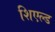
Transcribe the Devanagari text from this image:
शिएल्ड